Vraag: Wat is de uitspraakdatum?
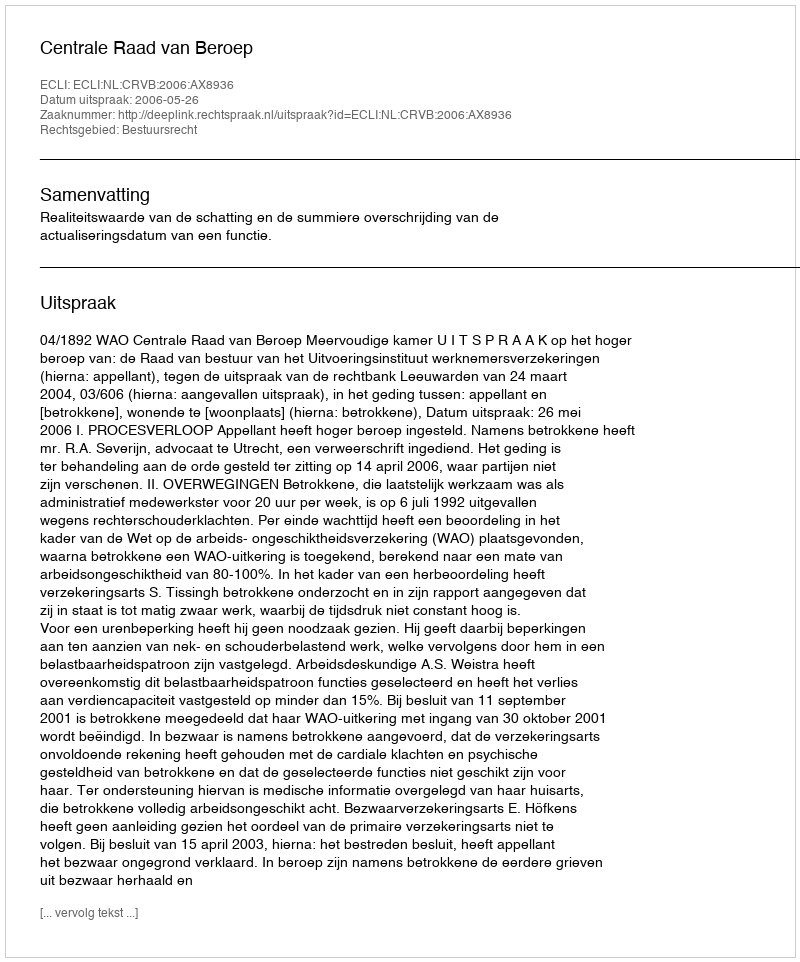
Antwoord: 2006-05-26